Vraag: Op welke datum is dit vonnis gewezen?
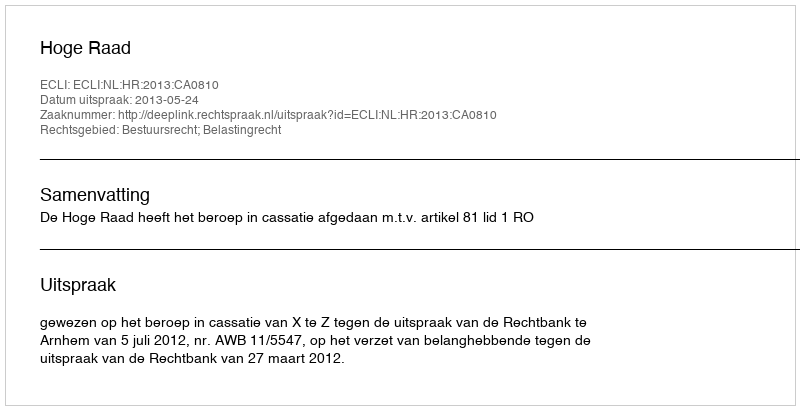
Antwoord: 2013-05-24